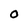
Character: O